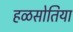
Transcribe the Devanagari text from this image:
हळसोतिया